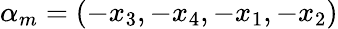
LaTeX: \alpha_{m}=(-x_{3},-x_{4},-x_{1},-x_{2})